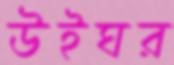
উইঘর